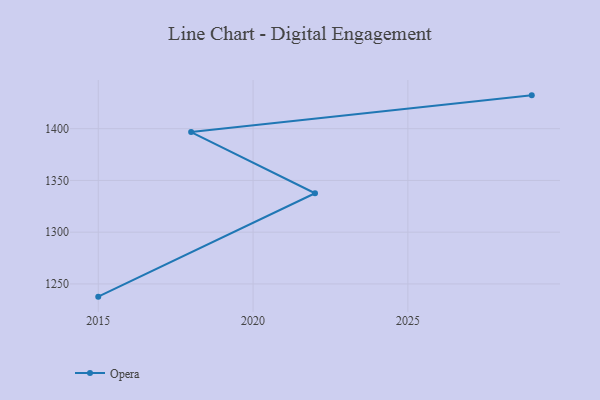
{"axis": {"x": "Year", "y": "Latency (ms)"}, "legend": ["Opera"], "data": [{"x": "2015", "y": 1237.7, "type": "Opera"}, {"x": "2022", "y": 1337.6, "type": "Opera"}, {"x": "2018", "y": 1396.7, "type": "Opera"}, {"x": "2029", "y": 1432.2, "type": "Opera"}]}